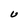
Character: U